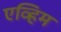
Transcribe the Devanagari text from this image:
एव्हिम